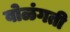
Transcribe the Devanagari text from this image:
वोळंगती